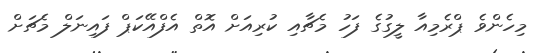
މިހެންވެ ޕްރެމިއާ ލީގުގެ ފަހު މެޗާއި ކުރިއަށް އޮތް އެފްއޭކަޕް ފައިނަލް މެޗަށް